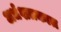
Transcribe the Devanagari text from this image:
अर्धशतकात